Report on vaccination in Madras 1922-1929 - 1922-1929
Year: 1922
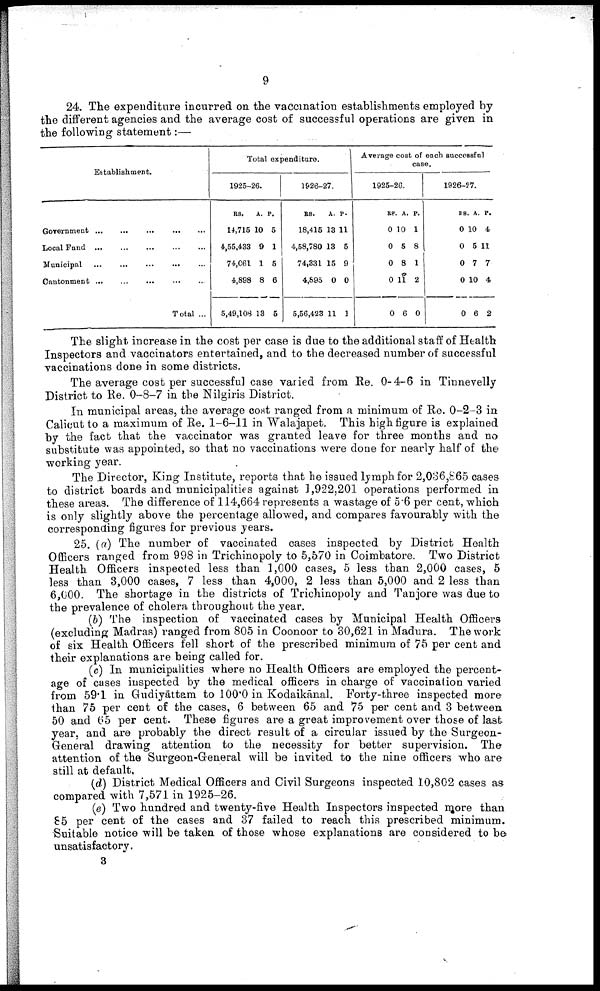
9
24. The expenditure incurred on the vaccination establishments employed by
the different agencies and the average cost of successful operations are given in
the following statement:—
Establishment.
Government ... ... ... ... ...
Local Fund
...
...
...
...
...
Municipal
...
...
...
...
...
Cantonment
...
...
...
...
...
Total ...
Total expenditure.
1925-26.
RS.
14,715
4,55,433
74,061
4,898
5,49,108
A.
10
9
1
8
13
P.
5
1
5
6
5
1926-27.
RS.
18,415
4,58,780
74,331
4,895
5,56,423
A.
13
13
15
0
11
P.
11
5
9
0
1
Average cost of each successful
case.
1925-26.
RS.
0
0
0
0
0
A.
10
5
8
11
6
P.
1
8
1
2
0
1926-27.
RS
0
0
0
0
0
A.
10
5
7
10
6
P.
4
11
7
4
2
The slight increase in the cost per case is due to the additional staff of Health
Inspectors and vaccinators entertained, and to the decreased number of successful
vaccinations done in some districts.
The average cost per successful case varied from Re. 0-4-6 in Tinnevelly
District to Re. 0-8-7 in the Nilgiris District.
In municipal areas, the average cost ranged from a minimum of Re. 0-2-3 in
Calicut to a maximum of Re. 1-6-11 in Walajapet. This high figure is explained
by the fact that the vaccinator was granted leave for three months and no
substitute was appointed, so that no vaccinations were done for nearly half of the
working year.
The Director, King Institute, reports that he issued lymph for 2,036,865 cases
to district boards and municipalities against 1,922,201 operations performed in
these areas. The difference of 114,664 represents a wastage of 5.6 per cent, which
is only slightly above the percentage allowed, and compares favourably with the
corresponding figures for previous years.
25. (a) The number of vaccinated cases inspected by District Health
Officers ranged from 998 in Trichinopoly to 5,570 in Coimbatore. Two District
Health Officers inspected less than 1,000 cases, 5 less than 2,000 cases, 5
less than 3,000 cases, 7 less than 4,000, 2 less than 5,000 and 2 less than
6,000. The shortage in the districts of Trichinopoly and Tanjore was due to
the prevalence of cholera throughout the year.
(b) The inspection of vaccinated cases by Municipal Health Officers
(excluding Madras) ranged from 805 in Coonoor to 30,621 in Madura. The work
of six Health Officers fell short of the prescribed minimum of 75 per cent and
their explanations are being called for.
(c) In municipalities where no Health Officers are employed the percent
age of cases inspected by the medical officers in charge of vaccination varied
from 59.1 in Gudiyāttam to 100.0 in Kodaikānal. Forty-three inspected more
than 75 per cent of the cases, 6 between 65 and 75 per cent and 3 between
50 and 65 per cent. These figures are a great improvement over those of last
year, and are probably the direct result of a circular issued by the Surgeon-
General drawing attention to the necessity for better supervision. The
attention of the Surgeon-General will be invited to the nine officers who are
still at default,
(d) District Medical Officers and Civil Surgeons inspected 10,802 cases as
compared with 7,571 in 1925-26.
(e) Two hundred and twenty-five Health Inspectors inspected more than
85 per cent of the cases and 37 failed to reach this prescribed minimum.
Suitable notice will be taken of those whose explanations are considered to be
unsatisfactory.
3